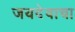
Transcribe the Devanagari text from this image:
जयदेवाचा